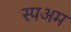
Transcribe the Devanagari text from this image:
स्पअम